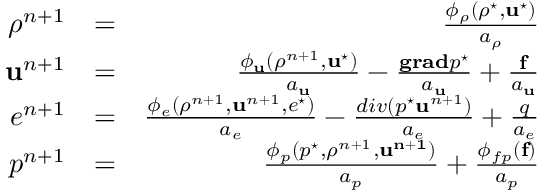
\begin{array} { r l r } { \rho ^ { n + 1 } } & { = } & { \frac { \phi _ { \rho } ( \rho ^ { \star } , \mathbf { u } ^ { \star } ) } { a _ { \rho } } } \\ { \mathbf { u } ^ { n + 1 } } & { = } & { \frac { \phi _ { \mathbf { u } } ( \rho ^ { n + 1 } , \mathbf { u } ^ { \star } ) } { a _ { \mathbf { u } } } - \frac { \mathbf { g r a d } p ^ { \star } } { a _ { \mathbf { u } } } + \frac { \mathbf { f } } { a _ { \mathbf { u } } } } \\ { e ^ { n + 1 } } & { = } & { \frac { \phi _ { e } ( \rho ^ { n + 1 } , \mathbf { u } ^ { n + 1 } , e ^ { \star } ) } { a _ { e } } - \frac { d i v ( p ^ { \star } \mathbf { u } ^ { n + 1 } ) } { a _ { e } } + \frac { q } { a _ { e } } } \\ { p ^ { n + 1 } } & { = } & { \frac { \phi _ { p } ( p ^ { \star } , \rho ^ { n + 1 } , \mathbf { u ^ { n + 1 } } ) } { a _ { p } } + \frac { \phi _ { f p } ( \mathbf { f } ) } { a _ { p } } } \end{array}